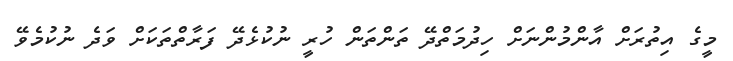
މީގެ އިތުރަށް އާންމުންނަށް ހިދުމަތްދޭ ތަންތަން ހުރީ ނުކުޅެދޭ ފަރާތްތަކަށް ވަދެ ނުކުމެވޭ